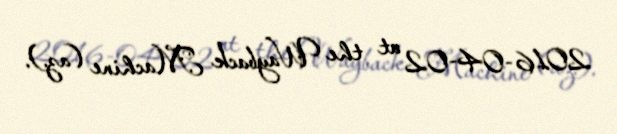
2016-04-02 at the Wayback Machine (az.).